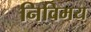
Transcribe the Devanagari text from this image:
निविमय